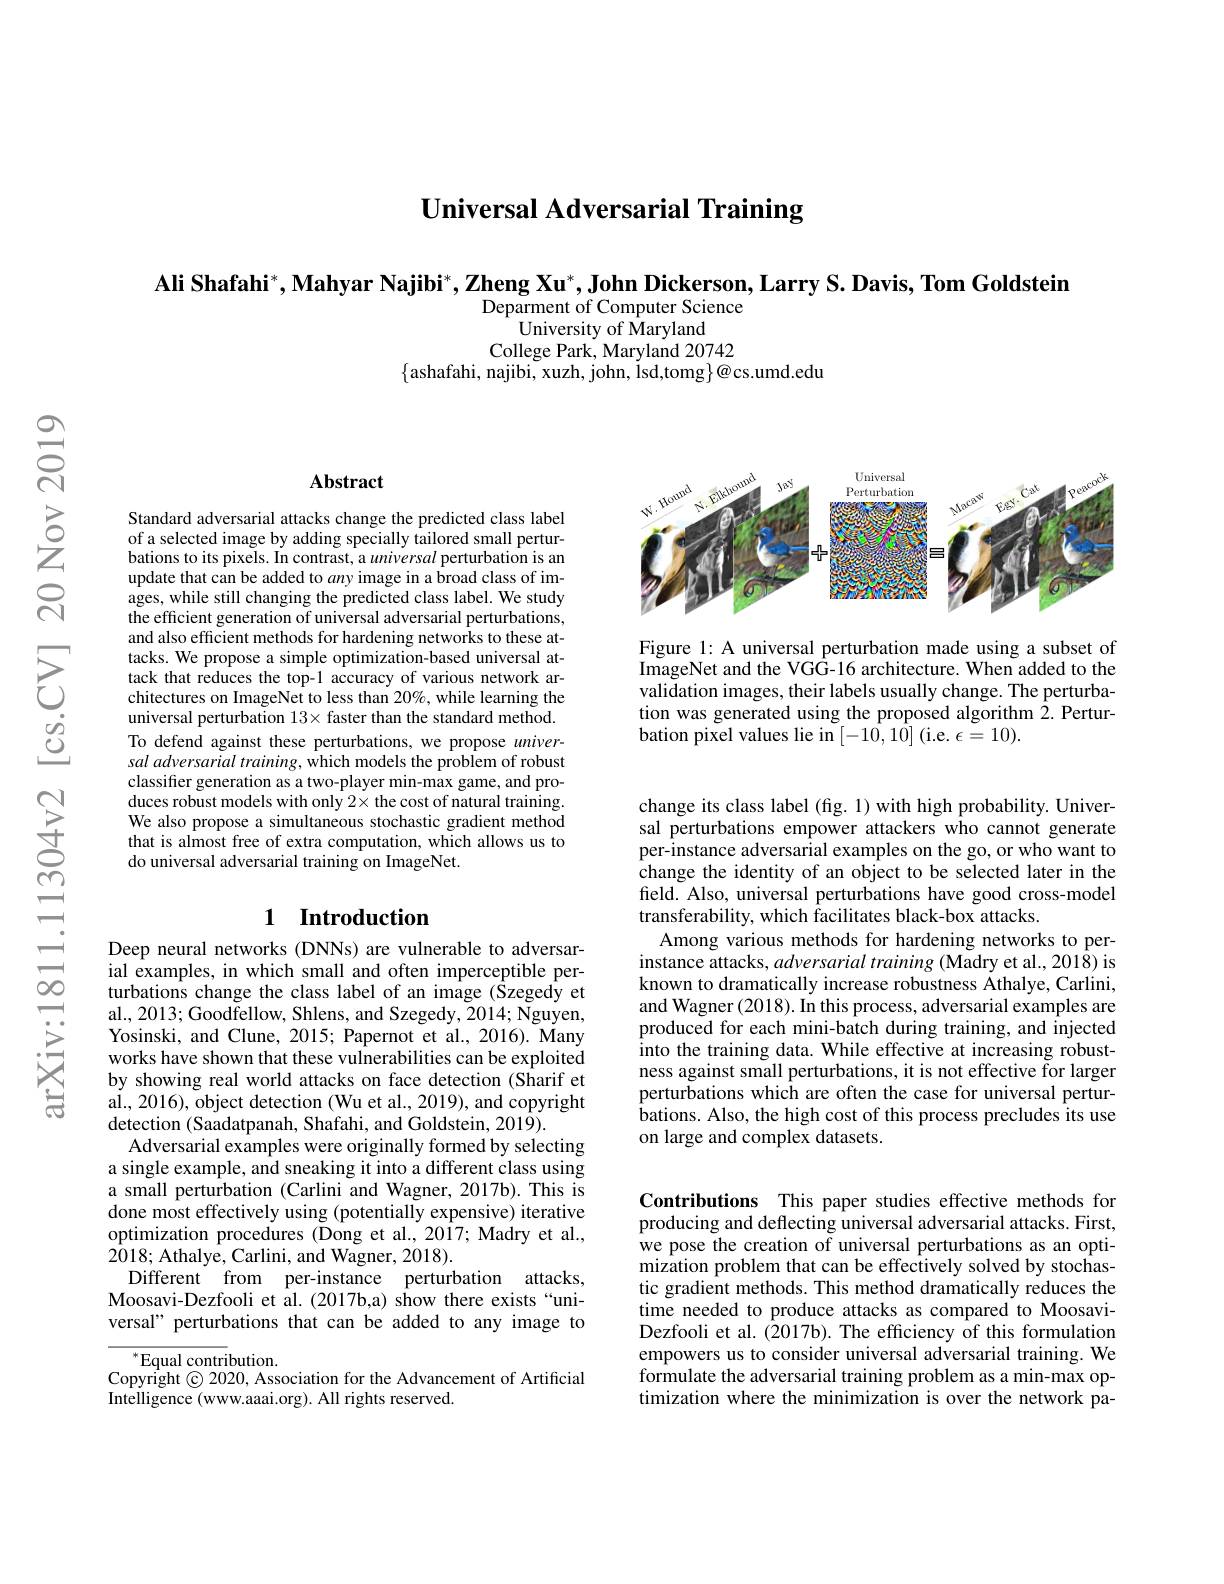
Universal Adversarial Training

Ali Shafahi$^*$,Mahyar Najibi$^* , \textbf{Zheng Xu}^* , \textbf{John Dickerson, Larry S. Davis, Tom Goldstein}$
Deparment of Computer Science
University of Maryland
College Park, Maryland 20742
$\{$ashafahi, najibi, xuzh, john, Isd,tomg$\}@$cs.umd.edu

<FigureHere>

Figure 1: A universal perturbation made using a subset of ImageNet and the VGG-16 architecture. When added to the validation images, their labels usually change. The perturbation was generated using the proposed algorithm 2. Perturbation pixel values lie in $[-10,1\bar{0}]$ (i.e. $\epsilon=10).$

### Abstract

Standard adversarial attacks change the predicted class label of a selected image by adding specially tailored small perturbations to its pixels. In contrast, a universal perturbation is an update that can be added to $an$y image in a broad class of images, while still changing the predicted class label. We study the efficient generation of universal adversarial perturbations, and also efficient methods for hardening networks to these attacks. We propose a simple optimization-based universal attack that reduces the top-1 accuracy of various network architectures on ImageNet to less than 20%, while learning the universal perturbation $13\times$ faster than the standard method. To defend against these perturbations, we propose universal adversarial training, which models the problem of robust classifier generation as a two-player min-max game, and produces robust models with only $2\times$ the cost of natural training. We also propose a simultaneous stochastic gradient method that is almost free of extra computation, which allows us to do universal adversarial training on ImageNet.

# 1 Introduction

Deep neural networks (DNNs) are vulnerable to adversarial examples, in which small and often imperceptible perturbations change the class label of an image (Szegedy et al., 2013; Goodfellow, Shlens, and Szegedy, 2014; Nguyen, Yosinski, and Clune, 2015; Papernot et al., 2016). Many works have shown that these vulnerabilities can be exploited by showing real world attacks on face detection (Sharif et al., 2016), object detection (Wu et al., 2019), and copyright detection (Saadatpanah, Shafahi, and Goldstein, 2019).
Adversarial examples were originally formed by selecting a single example, and sneaking it into a different class using a small perturbation (Carlini and Wagner, 2017b). This is done most effectively using (potentially expensive) iterative optimization procedures (Dong et al., 2017; Madry et al., 2018; Athalye, Carlini, and Wagner, 2018).
Different from per-instance perturbation attacks, Moosavi-Dezfooli et al.(2017b,a) show there exists“universal" perturbations that can be added to any image to

$^{*}$Equal contribution.
Copyright © 2020, Association for the Advancement of Artificial
Intelligence (www.aaai.org). All rights reserved.

change its class label (fig. 1) with high probability. Universal perturbations empower attackers who cannot generate per-instance adversarial examples on the go, or who want to change the identity of an object to be selected later in the field. Also, universal perturbations have good cross-model transferability, which facilitates black-box attacks.
Among various methods for hardening networks to perinstance attacks, adversarial training (Madry et al., 2018) is known to dramatically increase robustness Athalye, Carlini, and Wagner (2018). In this process, adversarial examples are produced for each mini-batch during training, and injected into the training data. While effective at increasing robustness against small perturbations, it is not effective for larger perturbations which are often the case for universal perturbations. Also, the high cost of this process precludes its use on large and complex datasets.

Contributions This paper studies effective methods for producing and deflecting universal adversarial attacks. First, we pose the creation of universal perturbations as an optimization problem that can be effectively solved by stochastic gradient methods. This method dramatically reduces the time needed to produce attacks as compared to MoosaviDezfooli et al. (2017b). The efficiency of this formulation empowers us to consider universal adversarial training. We formulate the adversarial training problem as a min-max optimization where the minimization is over the network pa-